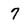
Character: 7